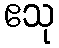
ဧသု